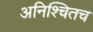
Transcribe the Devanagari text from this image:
अनिश्चितच